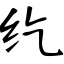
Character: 纥